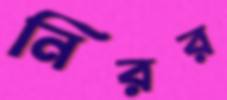
নিরর